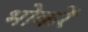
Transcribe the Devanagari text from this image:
भोकरें